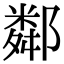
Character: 鄰